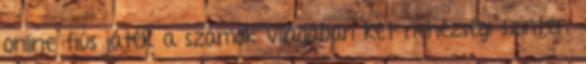
online fiús játék a számok világában két nehézségi szinten.